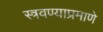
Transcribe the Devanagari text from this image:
स्त्रवण्याप्रमाणे